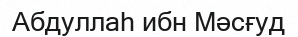
Абдуллаһ ибн Мәсғуд